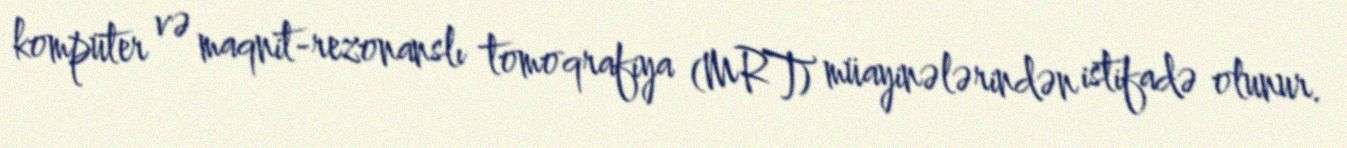
kompüter və maqnit-rezonanslı tomoqrafiya (MRT) müayinələrindən istifadə olunur.